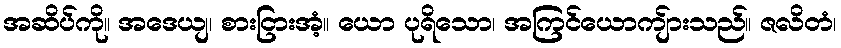
အဆိပ်ကို။ အဒေယျ၊ စားငြားအံ့။ ယော ပုရိသော၊ အကြင်ယောကျ်ားသည်။ ဇလိတံ၊